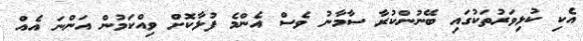
އެކި ކުޅިވަރުތަކުގައި ބޭނުންކުރާ ސާމާނު ވެސް އެންމެ ފުޅާކޮށް ވިއްކަމުން އަންނަ އެއް